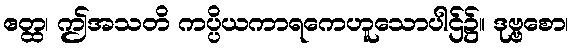
ဧတ္ထ၊ ဤအသတိ ကပ္ပိယကာရကေဟူသောပါဌ်၌။ ဒုဗ္ဗစော၊